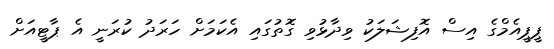
ޕީޕީއެމްގެ އިސް އޮފިޝަލަކު ވިދާޅުވި ގޮތުގައި އެކަމަށް ހަރަދު ކުރަނީ އެ ޕާޓީއަށް